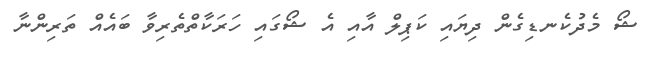
ޝޯ މެދުކެނޑިގެން ދިޔައި ކަޕިލް އާއި އެ ޝޯގައި ހަރަކާތްތެރިވާ ބައެއް ތަރިންނާ